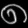
Digit: ၈